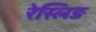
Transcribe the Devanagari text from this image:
रेस्लिङ